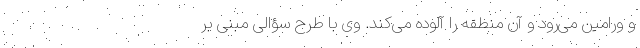
و ورامین می‌رود و آن منطقه را آلوده می‌کند. وی با طرح سؤالی مبنی بر